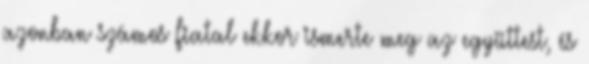
azonban számos fiatal ekkor ismerte meg az együttest, és